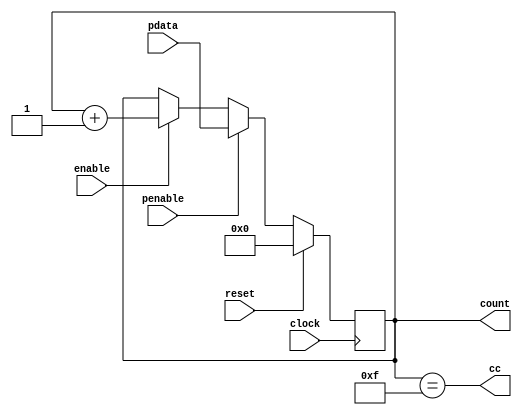
`timescale 1ns / 1ps
//////////////////////////////////////////////////////////////////////////////////
// Company: 
// Engineer: 
// 
// Design Name: 
// Module Name: counter_4bit
// Project Name: 
// Target Devices: 
// Tool Versions: 
// Description: 
// 
// Dependencies: 
// 
// Revision:
// Revision 0.01 - File Created
// Additional Comments:
// 
//////////////////////////////////////////////////////////////////////////////////


module counter_4bit(

        input clock,
        input reset,
        input enable,
        input [3:0] pdata,
        input penable,
        output reg [3:0] count,
        output cc

    );
    
    parameter MAX = 4'b1111;
    
    always@(posedge clock)
    begin
        if(reset)
            count <= 0;
        else if(penable)
            count <= pdata;
        else if(enable)
            count <= count + 1;
        else
            count <= count;
    end
    
    assign cc = (count == MAX);
    
endmodule